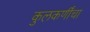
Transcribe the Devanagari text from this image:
कुलकर्णींचा